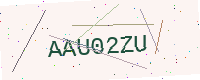
Text: AAU02ZU